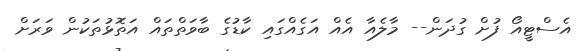
އެސްޓީއޯ ފުށް ގުދަން-- މާލެއާ އެއް އަގެއްގައި ކާޑުގެ ބާވަތްތައް އަތޮޅުތަކުން ވަރަށް